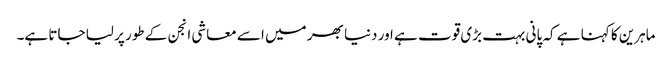
ماہرین کا کہنا ہے کہ پانی بہت بڑی قوت ہے اور دنیا بھر میں اسے معاشی انجن کے طور پر لیا جاتا ہے۔